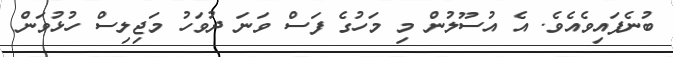
ބުނެފައިވެއެވެ. އެ އުސޫލުން މި މަހުގެ ފަސް ވަނަ ދުވަހު މަޖިލިސް ހުޅުވަން